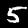
Label: 5